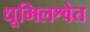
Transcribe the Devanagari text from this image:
धूमिलश्वेत